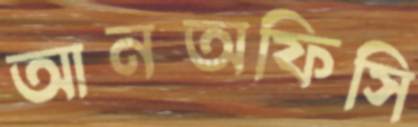
আনঅফিসি